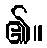
၏။